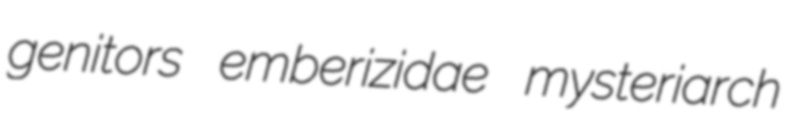
genitors emberizidae mysteriarch